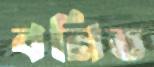
বনিত